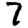
Digit: 7